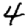
Digit: 4